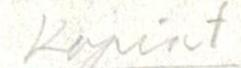
Kopiot